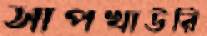
সাপখাউরি